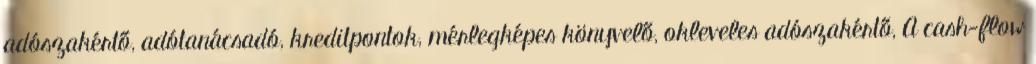
adószakértő, adótanácsadó, kreditpontok, mérlegképes könyvelő, okleveles adószakértő, A cash-flow